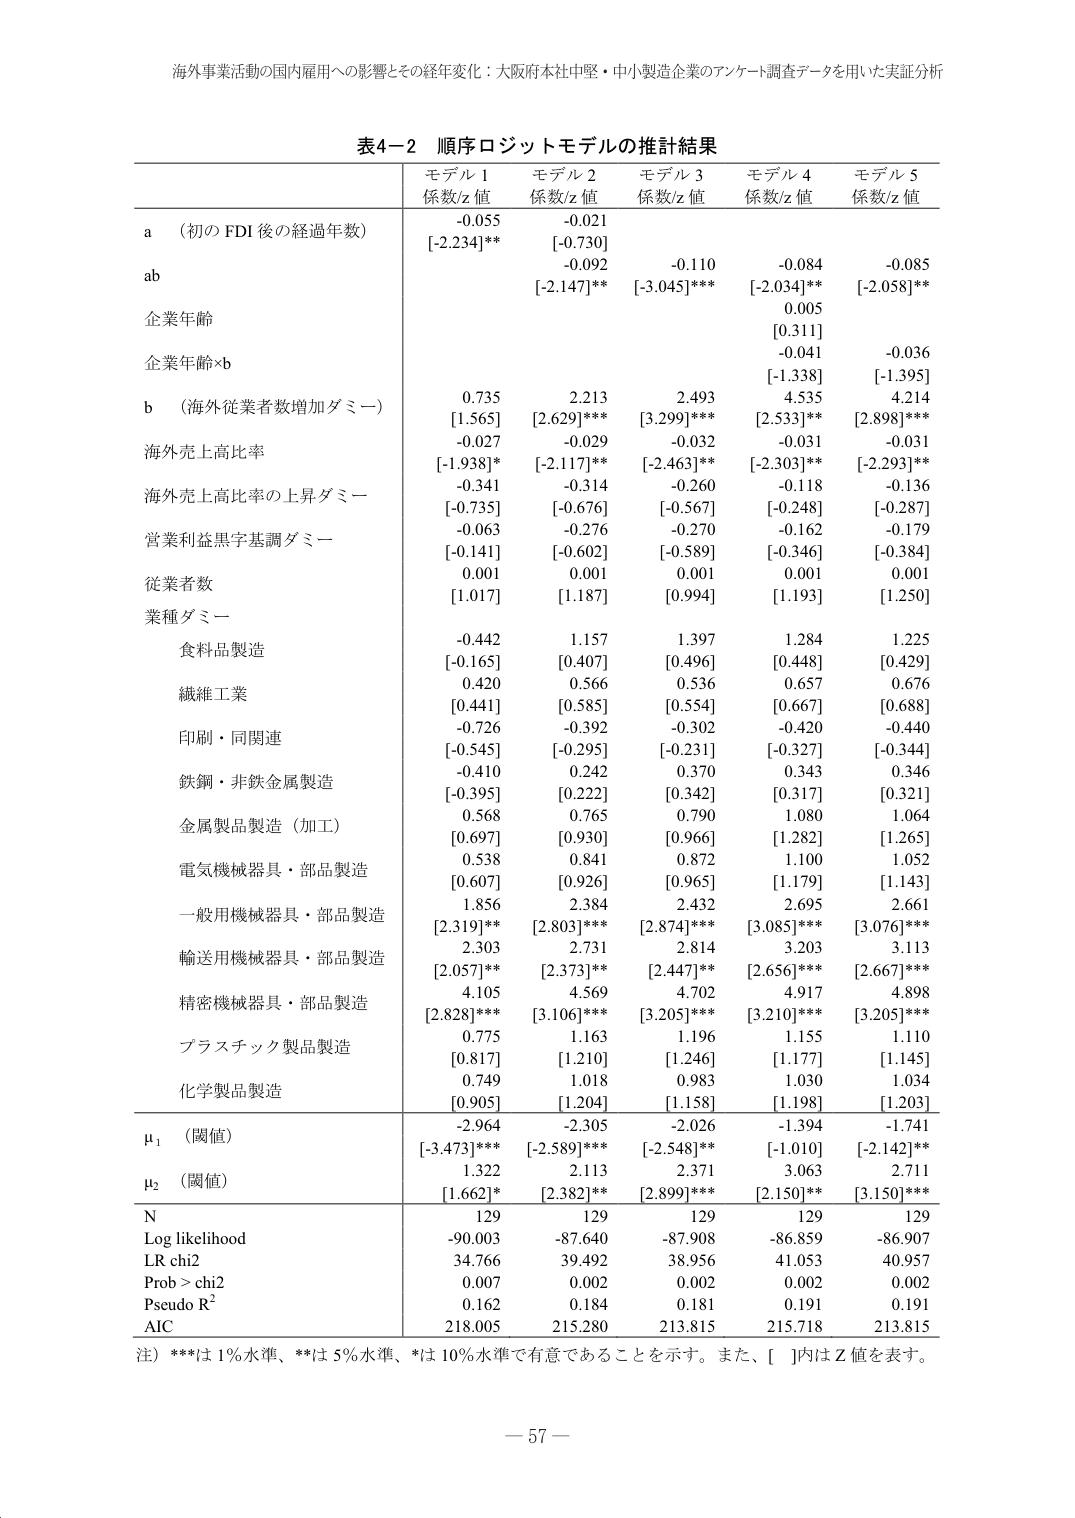
海外事業活動の国内雇用への影響とその経年変化：大阪府本社中堅・中小製造企業のアンケート調査データを用いた実証分析

表4-2 順序ロジットモデルの推計結果

モデル 1 係数/z 値
モデル 2 係数/z 値
モデル 3 係数/z 値
モデル 4 係数/z 値
モデル 5 係数/z 値

a （初の FDI 後の経過年数）
-0.055
[-2.234]**
-0.021
[-0.730]
-0.092
[-2.147]**
-0.110
[-3.045]***
-0.084
[-2.034]**
-0.085
[-2.058]**

ab

企業年齢
0.005
[0.311]

企業年齢×b
-0.041
[-1.338]
-0.036
[-1.395]

b （海外従業者数増加ダミー）
0.735
[1.565]
2.213
[2.629]***
2.493
[3.299]***
4.535
[2.533]**
4.214
[2.898]***

海外売上高比率
-0.027
[-1.938]*
-0.029
[-2.117]**
-0.032
[-2.463]**
-0.031
[-2.303]**
-0.031
[-2.293]**

海外売上高比率の上昇ダミー
-0.341
[-0.735]
-0.314
[-0.676]
-0.260
[-0.567]
-0.118
[-0.248]
-0.136
[-0.287]

営業利益黒字基調ダミー
-0.063
[-0.141]
-0.276
[-0.602]
-0.270
[-0.589]
-0.162
[-0.346]
-0.179
[-0.384]

従業者数
0.001
[1.017]
0.001
[1.187]
0.001
[0.994]
0.001
[1.193]
0.001
[1.250]

業種ダミー

食料品製造
-0.442
[-0.165]
1.157
[0.407]
1.397
[0.496]
1.284
[0.448]
1.225
[0.429]

繊維工業
0.420
[0.441]
0.566
[0.585]
0.536
[0.554]
0.657
[0.667]
0.676
[0.688]

印刷・同関連
-0.726
[-0.545]
-0.392
[-0.295]
-0.302
[-0.231]
-0.420
[-0.327]
-0.440
[-0.344]

鉄鋼・非鉄金属製造
-0.410
[-0.395]
0.242
[0.222]
0.370
[0.342]
0.343
[0.317]
0.346
[0.321]

金属製品製造（加工）
0.568
[0.697]
0.765
[0.930]
0.790
[0.966]
1.080
[1.282]
1.064
[1.265]

電気機械器具・部品製造
0.538
[0.607]
0.841
[0.926]
0.872
[0.965]
1.100
[1.179]
1.052
[1.143]

一般用機械器具・部品製造
1.856
[2.319]**
2.384
[2.803]***
2.432
[2.874]***
2.695
[3.085]***
2.661
[3.076]***

輸送用機械器具・部品製造
2.303
[2.057]**
2.731
[2.373]**
2.814
[2.447]**
3.203
[2.656]**
3.113
[2.667]**

精密機械器具・部品製造
4.105
[2.828]***
4.569
[3.106]***
4.702
[3.205]***
4.917
[3.210]***
4.898
[3.205]***

プラスチック製品製造
0.775
[0.817]
1.163
[1.210]
1.196
[1.246]
1.155
[1.177]
1.110
[1.145]

化学製品製造
0.749
[0.905]
1.018
[1.204]
0.983
[1.158]
1.030
[1.198]
1.034
[1.203]

μ₁ （閾値）
-2.964
[-3.473]***
-2.305
[-2.589]***
-2.026
[-2.548]**
-1.394
[-1.010]
-1.741
[-2.142]**

μ₂ （閾値）
1.322
[1.662]*
2.113
[2.382]**
2.371
[2.899]***
3.063
[2.150]**
2.711
[3.150]***

N
129
129
129
129
129

Log likelihood
-90.003
-87.640
-87.908
-86.859
-86.907

LR chi2
34.766
39.492
38.956
41.053
40.957

Prob > chi2
0.007
0.002
0.002
0.002
0.002

Pseudo R²
0.162
0.184
0.181
0.191
0.191

AIC
218.005
215.280
213.815
215.718
213.815

注）***は1％水準、**は5％水準、*は10％水準で有意であることを示す。また、[ ]内はZ値を表す。

－ 57 －